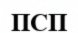
ПСП